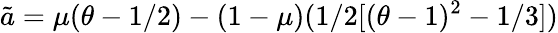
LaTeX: \tilde{a}=\mu(\theta-1/2)-(1-\mu)(1/2[(\theta-1)^{2}-1/3])